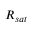
R _ { s a t }